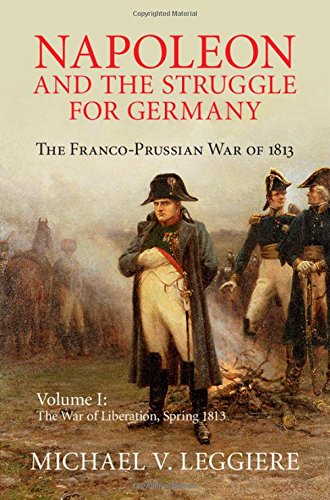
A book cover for Napoleon and the Struggle for Germany: The Franco-Prussian War of 1813 (Cambridge Military Histories) (Volume 1); Michael V. Leggiere; History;